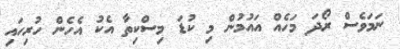
ނަމަވެސް ރޯދަ މަހެއް އައުމުން މި ކުޑަ މިސްކިތާ އެކު އެހެން ހުރިހައި